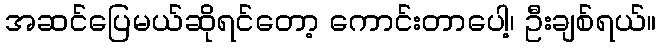
အဆင်ပြေမယ်ဆိုရင်တော့ ကောင်းတာပေါ့၊ ဦးချစ်ရယ်။